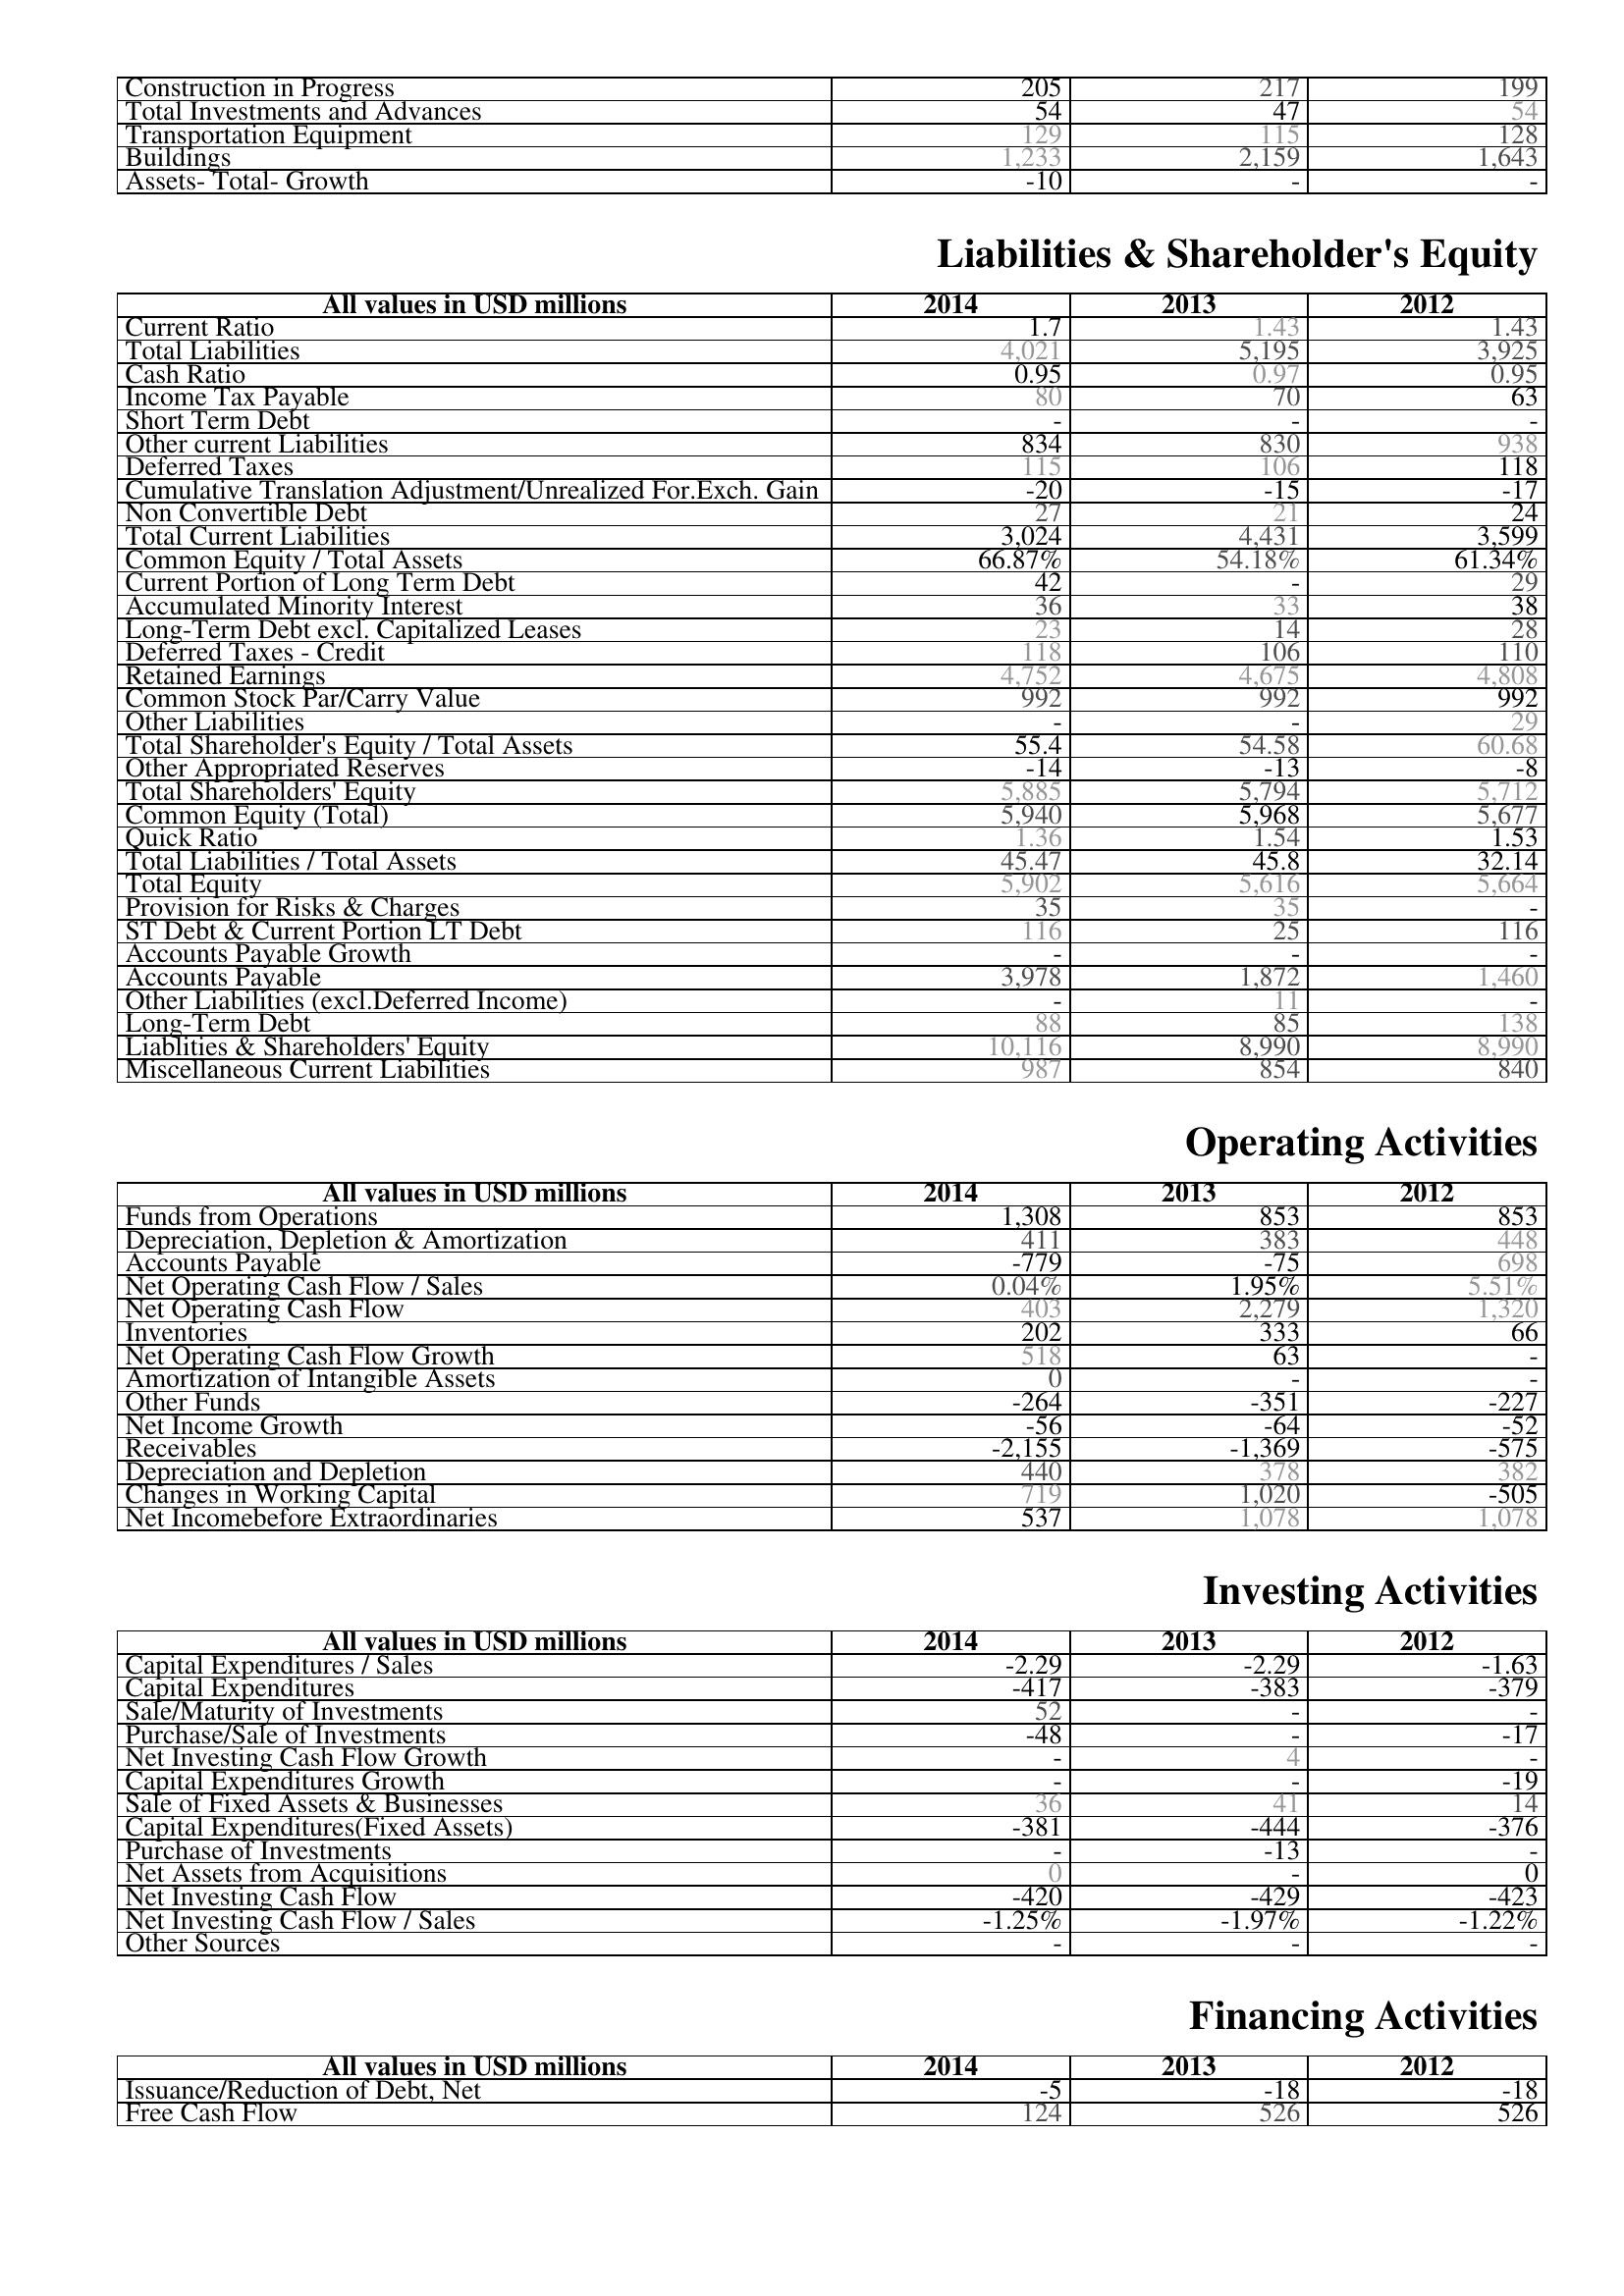
2014: Assets: Construction in Progress: 205
Total Investments and Advances: 54
Transportation Equipment: 129
Buildings: 1,233
Assets- Total- Growth: -10
Liabilities & Shareholder's Equity: Current Ratio: 1.7
Total Liabilities: 4,021
Cash Ratio: 0.95
Income Tax Payable: 80
Short Term Debt: -
Other current Liabilities: 834
Deferred Taxes: 115
Cumulative Translation Adjustment/Unrealized For.Exch. Gain: -20
Non Convertible Debt: 27
Total Current Liabilities: 3,024
Common Equity / Total Assets: 66.87%
Current Portion of Long Term Debt: 42
Accumulated Minority Interest: 36
Long-Term Debt excl. Capitalized Leases: 23
Deferred Taxes - Credit: 118
Retained Earnings: 4,752
Common Stock Par/Carry Value: 992
Other Liabilities: -
Total Shareholder's Equity / Total Assets: 55.4
Other Appropriated Reserves: -14
Total Shareholders' Equity: 5,885
Common Equity (Total): 5,940
Quick Ratio: 1.36
Total Liabilities / Total Assets: 45.47
Total Equity: 5,902
Provision for Risks & Charges: 35
ST Debt & Current Portion LT Debt: 116
Accounts Payable Growth: -
Accounts Payable: 3,978
Other Liabilities (excl.Deferred Income): -
Long-Term Debt: 88
Liablities & Shareholders' Equity: 10,116
Miscellaneous Current Liabilities: 987
Operating Activities: Funds from Operations: 1,308
Depreciation, Depletion & Amortization: 411
Accounts Payable: -779
Net Operating Cash Flow / Sales: 0.04%
Net Operating Cash Flow: 403
Inventories: 202
Net Operating Cash Flow Growth: 518
Amortization of Intangible Assets: 0
Other Funds: -264
Net Income Growth: -56
Receivables: -2,155
Depreciation and Depletion: 440
Changes in Working Capital: 719
Net Incomebefore Extraordinaries: 537
Investing Activities: Capital Expenditures / Sales: -2.29
Capital Expenditures: -417
Sale/Maturity of Investments: 52
Purchase/Sale of Investments: -48
Net Investing Cash Flow Growth: -
Capital Expenditures Growth: -
Sale of Fixed Assets & Businesses: 36
Capital Expenditures(Fixed Assets): -381
Purchase of Investments: -
Net Assets from Acquisitions: 0
Net Investing Cash Flow: -420
Net Investing Cash Flow / Sales: -1.25%
Other Sources: -
Financing Activities: Issuance/Reduction of Debt, Net: -5
Free Cash Flow: 124
2013: Assets: Construction in Progress: 217
Total Investments and Advances: 47
Transportation Equipment: 115
Buildings: 2,159
Assets- Total- Growth: -
Liabilities & Shareholder's Equity: Current Ratio: 1.43
Total Liabilities: 5,195
Cash Ratio: 0.97
Income Tax Payable: 70
Short Term Debt: -
Other current Liabilities: 830
Deferred Taxes: 106
Cumulative Translation Adjustment/Unrealized For.Exch. Gain: -15
Non Convertible Debt: 21
Total Current Liabilities: 4,431
Common Equity / Total Assets: 54.18%
Current Portion of Long Term Debt: -
Accumulated Minority Interest: 33
Long-Term Debt excl. Capitalized Leases: 14
Deferred Taxes - Credit: 106
Retained Earnings: 4,675
Common Stock Par/Carry Value: 992
Other Liabilities: -
Total Shareholder's Equity / Total Assets: 54.58
Other Appropriated Reserves: -13
Total Shareholders' Equity: 5,794
Common Equity (Total): 5,968
Quick Ratio: 1.54
Total Liabilities / Total Assets: 45.8
Total Equity: 5,616
Provision for Risks & Charges: 35
ST Debt & Current Portion LT Debt: 25
Accounts Payable Growth: -
Accounts Payable: 1,872
Other Liabilities (excl.Deferred Income): 11
Long-Term Debt: 85
Liablities & Shareholders' Equity: 8,990
Miscellaneous Current Liabilities: 854
Operating Activities: Funds from Operations: 853
Depreciation, Depletion & Amortization: 383
Accounts Payable: -75
Net Operating Cash Flow / Sales: 1.95%
Net Operating Cash Flow: 2,279
Inventories: 333
Net Operating Cash Flow Growth: 63
Amortization of Intangible Assets: -
Other Funds: -351
Net Income Growth: -64
Receivables: -1,369
Depreciation and Depletion: 378
Changes in Working Capital: 1,020
Net Incomebefore Extraordinaries: 1,078
Investing Activities: Capital Expenditures / Sales: -2.29
Capital Expenditures: -383
Sale/Maturity of Investments: -
Purchase/Sale of Investments: -
Net Investing Cash Flow Growth: 4
Capital Expenditures Growth: -
Sale of Fixed Assets & Businesses: 41
Capital Expenditures(Fixed Assets): -444
Purchase of Investments: -13
Net Assets from Acquisitions: -
Net Investing Cash Flow: -429
Net Investing Cash Flow / Sales: -1.97%
Other Sources: -
Financing Activities: Issuance/Reduction of Debt, Net: -18
Free Cash Flow: 526
2012: Assets: Construction in Progress: 199
Total Investments and Advances: 54
Transportation Equipment: 128
Buildings: 1,643
Assets- Total- Growth: -
Liabilities & Shareholder's Equity: Current Ratio: 1.43
Total Liabilities: 3,925
Cash Ratio: 0.95
Income Tax Payable: 63
Short Term Debt: -
Other current Liabilities: 938
Deferred Taxes: 118
Cumulative Translation Adjustment/Unrealized For.Exch. Gain: -17
Non Convertible Debt: 24
Total Current Liabilities: 3,599
Common Equity / Total Assets: 61.34%
Current Portion of Long Term Debt: 29
Accumulated Minority Interest: 38
Long-Term Debt excl. Capitalized Leases: 28
Deferred Taxes - Credit: 110
Retained Earnings: 4,808
Common Stock Par/Carry Value: 992
Other Liabilities: 29
Total Shareholder's Equity / Total Assets: 60.68
Other Appropriated Reserves: -8
Total Shareholders' Equity: 5,712
Common Equity (Total): 5,677
Quick Ratio: 1.53
Total Liabilities / Total Assets: 32.14
Total Equity: 5,664
Provision for Risks & Charges: -
ST Debt & Current Portion LT Debt: 116
Accounts Payable Growth: -
Accounts Payable: 1,460
Other Liabilities (excl.Deferred Income): -
Long-Term Debt: 138
Liablities & Shareholders' Equity: 8,990
Miscellaneous Current Liabilities: 840
Operating Activities: Funds from Operations: 853
Depreciation, Depletion & Amortization: 448
Accounts Payable: 698
Net Operating Cash Flow / Sales: 5.51%
Net Operating Cash Flow: 1,320
Inventories: 66
Net Operating Cash Flow Growth: -
Amortization of Intangible Assets: -
Other Funds: -227
Net Income Growth: -52
Receivables: -575
Depreciation and Depletion: 382
Changes in Working Capital: -505
Net Incomebefore Extraordinaries: 1,078
Investing Activities: Capital Expenditures / Sales: -1.63
Capital Expenditures: -379
Sale/Maturity of Investments: -
Purchase/Sale of Investments: -17
Net Investing Cash Flow Growth: -
Capital Expenditures Growth: -19
Sale of Fixed Assets & Businesses: 14
Capital Expenditures(Fixed Assets): -376
Purchase of Investments: -
Net Assets from Acquisitions: 0
Net Investing Cash Flow: -423
Net Investing Cash Flow / Sales: -1.22%
Other Sources: -
Financing Activities: Issuance/Reduction of Debt, Net: -18
Free Cash Flow: 526